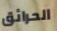
الحرائق